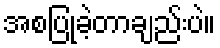
အစပြုခဲ့တာချည်းပဲ။